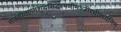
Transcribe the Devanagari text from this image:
सङ्गीतागमशुद्धसिद्धरमणीमञ्जीरधीरध्वनिम्